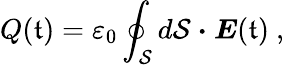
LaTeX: Q(\mathfrak{t})=\varepsilon_{0}\oint_{\mathcal{{S}}}d\mathbf{{\mathcal{{S}}}}\ {\boldsymbol{\cdot}}\ {\boldsymbol{E}}(\mathfrak{t})\ ,